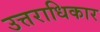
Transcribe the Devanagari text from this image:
उत्तराधिकार